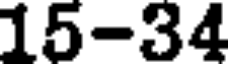
15-34